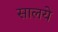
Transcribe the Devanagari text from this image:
सालये